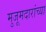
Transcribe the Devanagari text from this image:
मुजूमदारांच्या